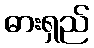
ဓားရှည်